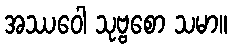
အဿဝေါ သုဗ္ဗစော သမာ။